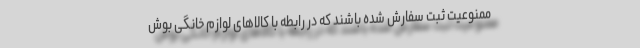
ممنوعیت ثبت سفارش شده باشند که در رابطه با کالاهای لوازم خانگی بوش